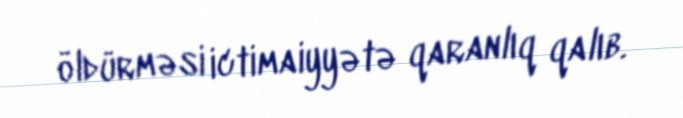
öldürməsi ictimaiyyətə qaranlıq qalıb.